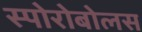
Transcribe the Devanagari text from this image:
स्पोरोबोलस